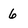
Character: 6